画像に写った文字を読んでください
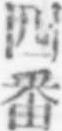
「四番」と書いてあります